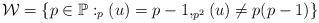
LaTeX: \begin{align*}\mathcal{W}=\left\{ p\in \mathbb{P}:_{p}(u)=p-1, _{p^2}(u)\neq p(p-1)\right\}\end{align*}